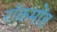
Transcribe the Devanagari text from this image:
रॉकमोंड